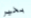
بخير